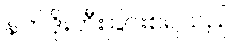
နတ်ဒိုးတီးခြင်းစရသည်။